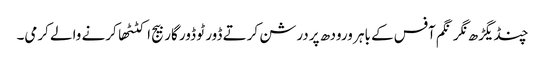
چنڈیگڑھ نگر نگم آفس کے باہر ورودھ پردرشن کرتے ڈور ٹو ڈور گاربیج اکٹٹھا کرنے والے کرمی۔